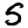
Digit: 5